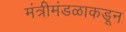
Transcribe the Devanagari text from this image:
मंत्रीमंडळाकडून